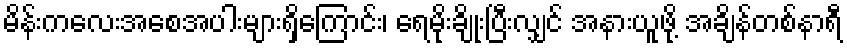
မိန်းကလေးအစေအပါးများရှိကြောင်း၊ ရေမိုးချိုးပြီးလျှင် အနားယူဖို့ အချိန်တစ်နာရီ